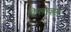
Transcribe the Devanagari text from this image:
किलरव्हेल